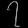
Digit: ၇